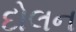
દોલન